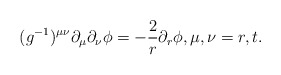
\begin{align*} (g^{-1})^{\mu\nu}\partial_\mu\partial_\nu\phi=-\frac{2}{r}\partial_r\phi,\textrm{$\mu,\nu=r,t$. }\end{align*}